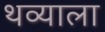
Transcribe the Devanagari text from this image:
थव्याला